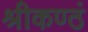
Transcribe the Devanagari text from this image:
श्रीकण्ठं